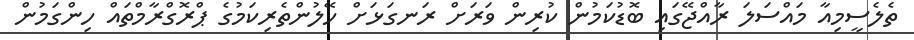
ތެލެސީމިއާ މައްސަލަ ރާއްޖޭގައި ބޮޑުކަމުން ކުރިން ވަރަށް ރަނގަޅަށް ހޭލުންތެރިކަމުގެ ޕްރޮގްރާމްތައް ހިންގަމުން